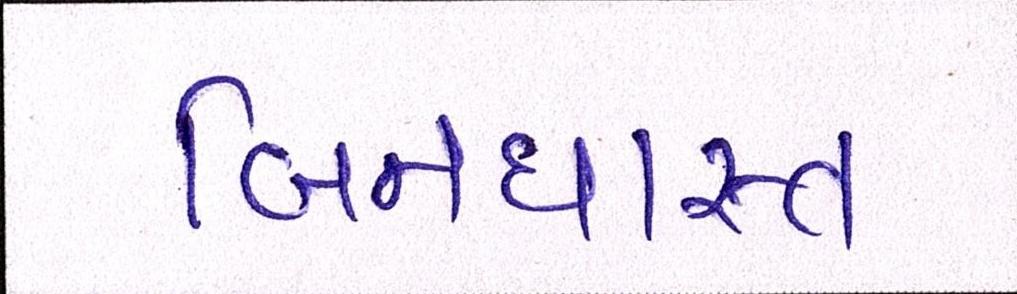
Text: બિનધાસ્ત